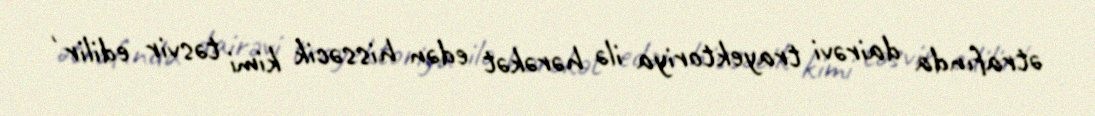
ətrafında dairəvi trayektoriya ilə hərəkət edən hissəcik kimi təsvir edilir ,